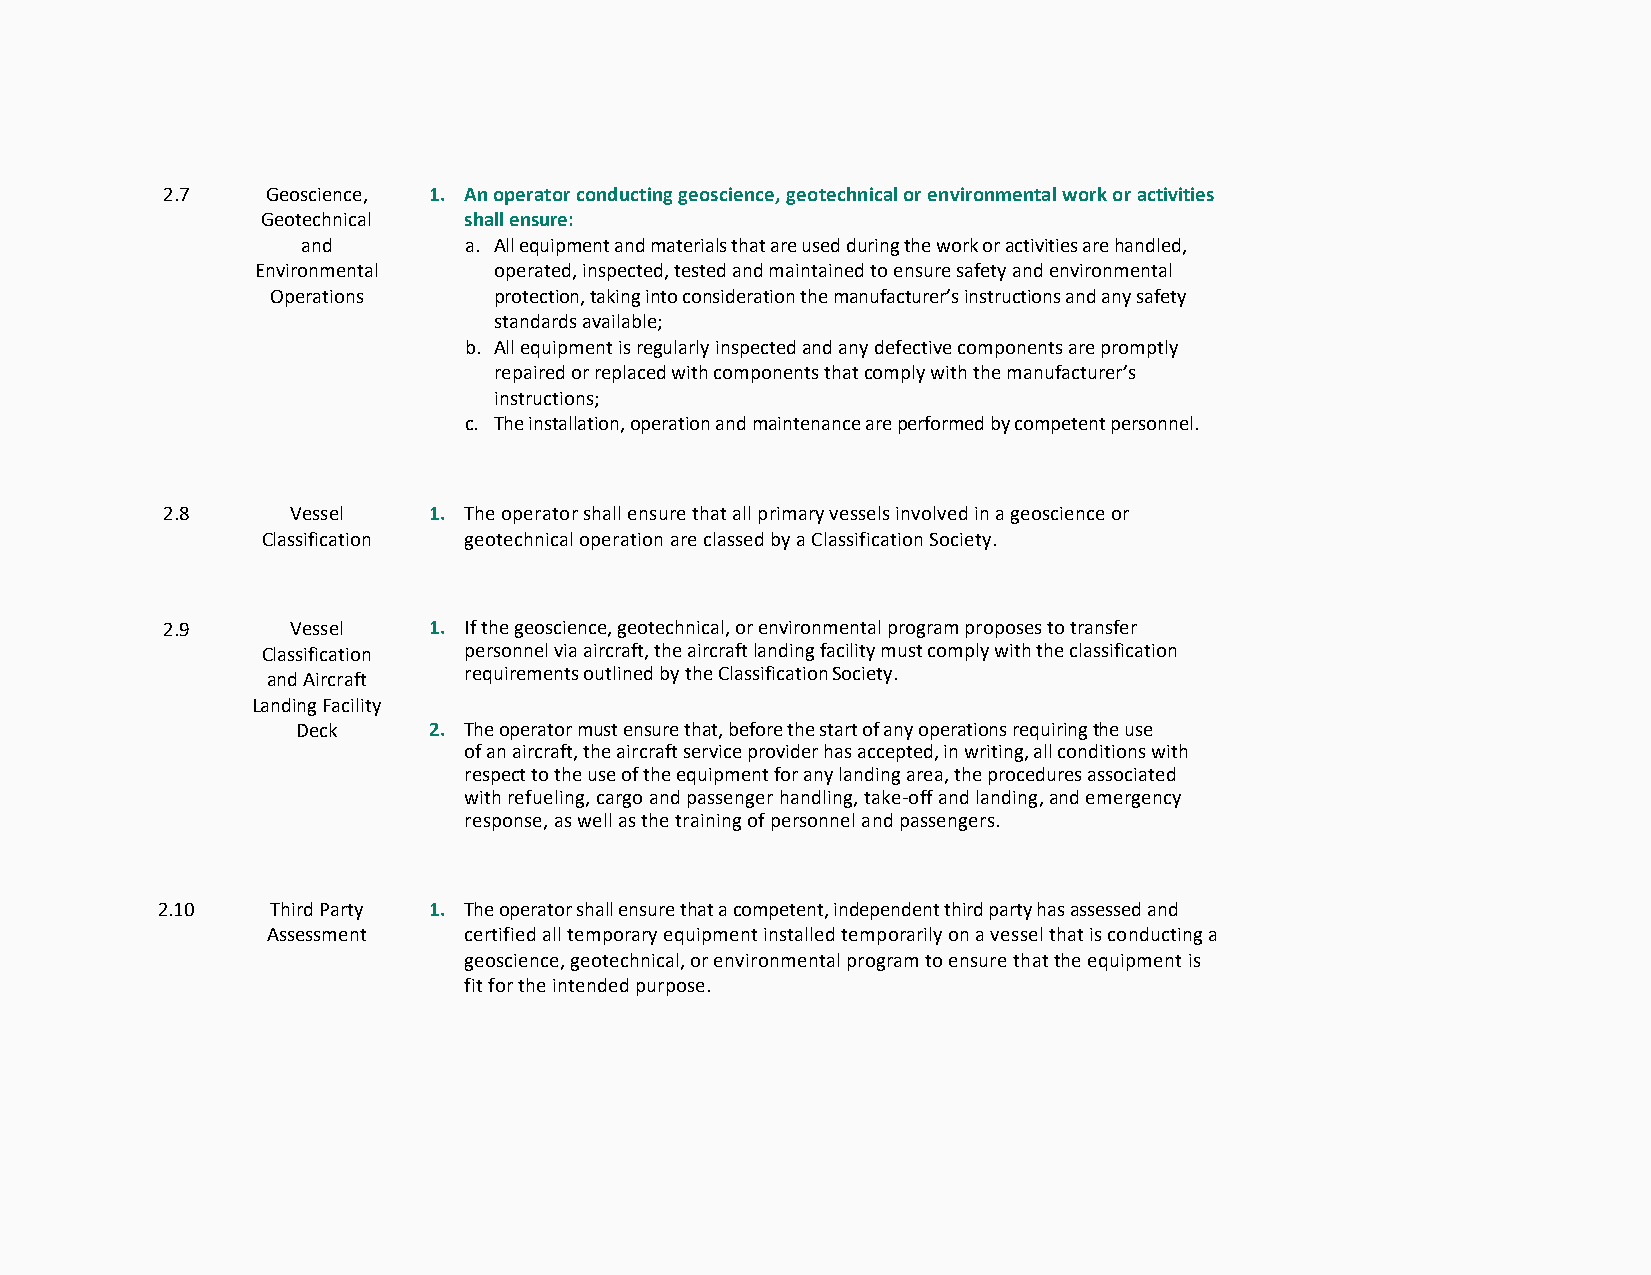
2.7    Geoscience, 1. An operator conducting geoscience, geotechnical or environmental work or activities
 Geotechnical  shall ensure:
 and        a. All equipment and materials that are used during the work or activities are handled,
 Environmental   operated, inspected, tested and maintained to ensure safety and environmental
 Operations     protection, taking into consideration the manufacturer’s instructions and any safety
 standards available;
 b. All equipment is regularly inspected and any defective components are promptly
 repaired or replaced with components that comply with the manufacturer’s
 instructions;
 c. The installation, operation and maintenance are performed by competent personnel.
 2.8     Vessel   1. The operator shall ensure that all primary vessels involved in a geoscience or
 Classification geotechnical operation are classed by a Classification Society.
 2.9     Vessel   1. If the geoscience, geotechnical, or environmental program proposes to transfer
 Classification personnel via aircraft, the aircraft landing facility must comply with the classification
 requirements outlined by the Classification Society.
 and Aircraft
 Landing Facility
 Deck    2. The operator must ensure that, before the start of any operations requiring the use
 of an aircraft, the aircraft service provider has accepted, in writing, all conditions with
 respect to the use of the equipment for any landing area, the procedures associated
 with refueling, cargo and passenger handling, take-off and landing, and emergency
 response, as well as the training of personnel and passengers.
 2.10    Third Party 1. The operator shall ensure that a competent, independent third party has assessed and
 Assessment   certified all temporary equipment installed temporarily on a vessel that is conducting a
 geoscience, geotechnical, or environmental program to ensure that the equipment is
 fit for the intended purpose.